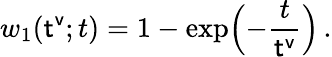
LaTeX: w_{1}({\sf t^{v}};t)=1-\exp\Bigl(-\frac{t}{{\sf t^{v}}}\Bigr)\, .